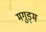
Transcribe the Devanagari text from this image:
मगुड्म